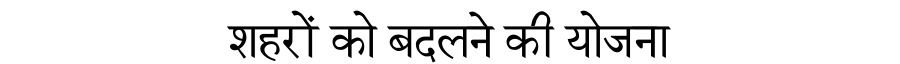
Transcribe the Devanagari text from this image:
शहरों को बदलने की योजना